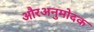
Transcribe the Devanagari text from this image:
औरअनुमोदक